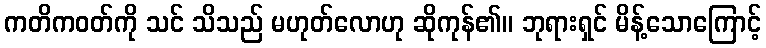
ကတိကဝတ်ကို သင် သိသည် မဟုတ်လောဟု ဆိုကုန်၏။ ဘုရားရှင် မိန့်သောကြောင့်